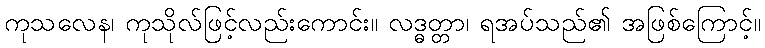
ကုသလေန၊ ကုသိုလ်ဖြင့်လည်းကောင်း။ လဒ္ဓတ္တာ၊ ရအပ်သည်၏ အဖြစ်ကြောင့်။